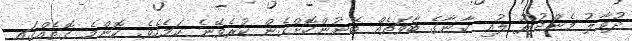
ދުވާލު މެންދުރު ލުއި ކާނާގެ ބާވަތެއް ބޭނުންކޮށްގެން ކުރެވޭނެ ކަމެކެވެ. ކޮންމެ ގޮތެއްގައި